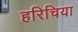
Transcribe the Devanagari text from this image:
हरिचिया